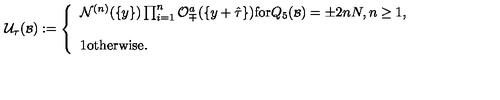
{ \cal U } _ { \tau } ( { \scriptstyle { \cal B } } ) : = \left\{ \begin{array} { l } { { \cal N } ^ { ( n ) } ( \{ y \} ) \prod _ { i = 1 } ^ { n } { \cal O } _ { \mp } ^ { a } ( \{ y + \hat { \tau } \} ) \mathrm { f o r } Q _ { 5 } ( { \scriptstyle { \cal B } } ) = \pm 2 n N , n \geq 1 , } \\ { } \\ { 1 \mathrm { o t h e r w i s e } . } \\ \end{array} \right.